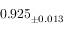
0 . 9 2 5 _ { \pm 0 . 0 1 3 }